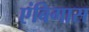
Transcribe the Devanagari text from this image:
एंबिगास